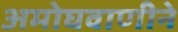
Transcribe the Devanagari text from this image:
अमोघवाणीने